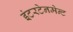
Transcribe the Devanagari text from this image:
इंटरटेनमेन्ट